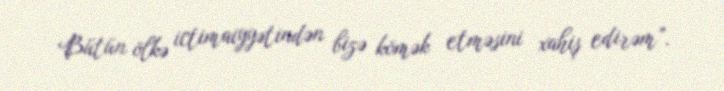
Bütün ölkə ictimaiyyətindən bizə kömək etməsini xahiş edirəm”.